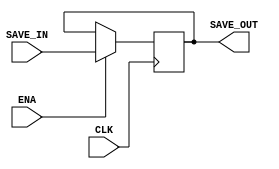
`timescale 1ns / 1ps
module SAVE
(
	CLK,
    ENA,
    SAVE_IN,
    SAVE_OUT
);
    input CLK;
	input ENA;
	input [31:0]SAVE_IN;
	output [31:0]SAVE_OUT;

	reg [31:0]save = 32'b0;
	always @(negedge CLK) begin
		if(ENA) begin
			save <= SAVE_IN;
		end else begin
			save <= save;
		end
	end

	assign SAVE_OUT = save;
endmodule